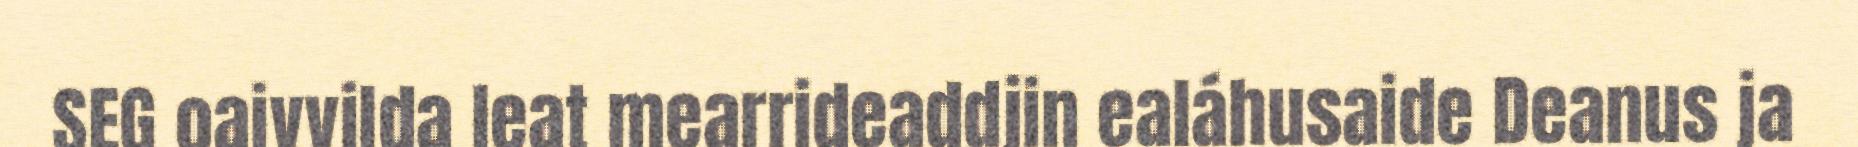
SEG oaivvilda leat mearrideaddjin ealáhusaide Deanus ja